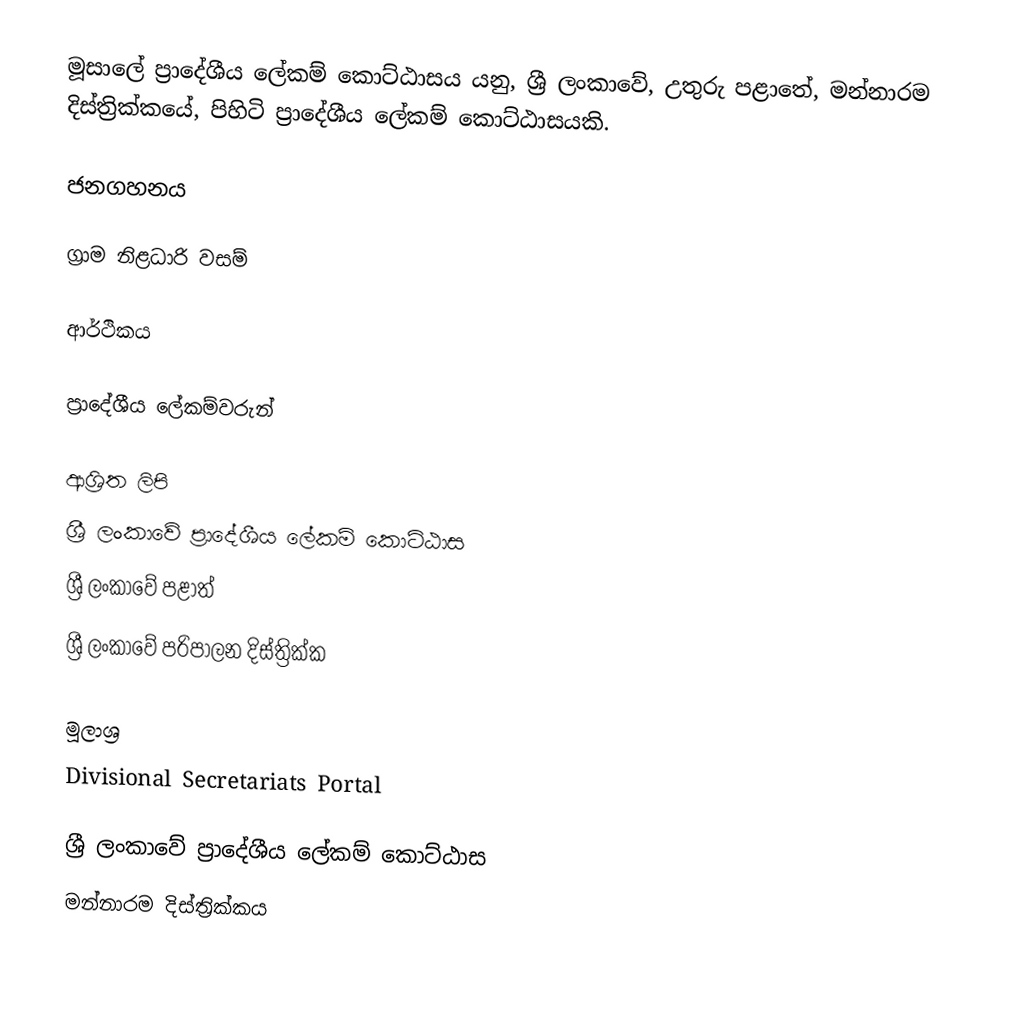
මූසාලේ ප්‍රාදේශීය ලේකම් කොට්ඨාසය යනු,  ශ්‍රී ලංකාවේ, උතුරු පළාතේ,   මන්නාරම දිස්ත්‍රික්කයේ, පිහිටි ප්‍රාදේශීය ලේකම් කොට්ඨාසයකි.

ජනගහනය

ග්‍රාම නිළධාරි වසම්

ආර්ථිකය

ප්‍රාදේශීය ලේකම්වරුන්

ආශ්‍රිත ලිපි
ශ්‍රී ලංකාවේ ප්‍රාදේශීය ලේකම් කොට්ඨාස
ශ්‍රී ලංකාවේ පළාත්
ශ්‍රී ලංකාවේ පරිපාලන දිස්ත්‍රික්ක

මූලාශ්‍ර
 Divisional Secretariats Portal

ශ්‍රී ලංකාවේ ප්‍රාදේශීය ලේකම් කොට්ඨාස
මන්නාරම දිස්ත්‍රික්කය